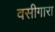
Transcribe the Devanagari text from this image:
वसीगारा